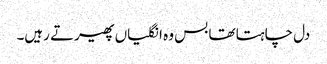
دل چاہتا تھا بس وہ انگلیاں پھیرتے رہیں۔